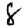
Digit: 8